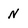
Character: N